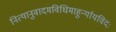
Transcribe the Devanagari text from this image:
नित्यानुवादमविधिमाहुर्न्यायविदः